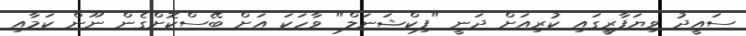
ސައީދު ވިޔަފާރީގައި ކުރިއަށް ދަނީ "ފިކްޝަނަލް" ވާހަކަ އަށް ބޭސްކޮށްގެން ނޫން ކަމާއި